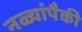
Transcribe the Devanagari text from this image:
नळ्यांपैकी